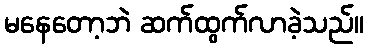
မနေတော့ဘဲ ဆက်ထွက်လာခဲ့သည်။